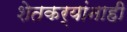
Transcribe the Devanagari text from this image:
शेतकर्यांनाही